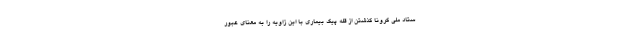
ستاد ملی کرونا گذشتن از قله پیک بیماری با این زاویه را به معنای عبور